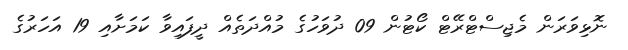
ނޮޅިވަރަން މެޖިސްޓްރޭޓް ކޯޓުން 09 ދުވަހުގެ މުއްދަތެއް ދީފައިވާ ކަމަށާއި 19 އަހަރުގެ